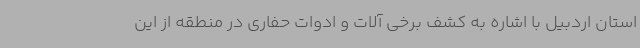
استان اردبیل با اشاره به کشف برخی آلات و ادوات حفاری در منطقه از این